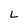
Character: L